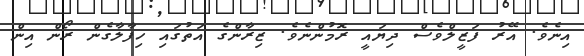
އިނެވެ. އޭރު ފަޒީލްވެސް ދިޔައީ ރޮމުންނެވެ. ޒިރާންގެ އަތުގައި ހިފާލާގެން ރޯން އިން